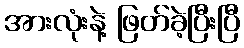
အားလုံးနဲ့ ဖြတ်ခဲ့ပြီးပြီ